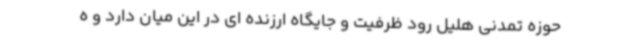
حوزه تمدنی هلیل رود ظرفیت و جایگاه ارزنده ای در این میان دارد و ه